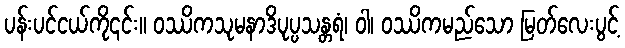
ပန်းပင်ငယ်ကို၎င်း။ ဝဿိကသုမနာဒိပုပ္ပသန္တရံ၊ ဝါ၊ ဝဿိကမည်သော မြတ်လေးပွင့်